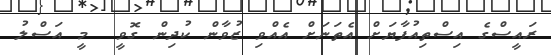
ރައީސްގެ އިސްތިއުފާޔަށް އެތަނަށް އެއްވި ޒުވާން ކުދިން ގޮވީ  މީ އަސްލު